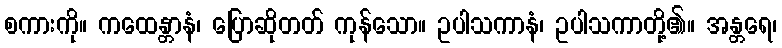
စကားကို။ ကထေန္တာနံ၊ ပြောဆိုတတ် ကုန်သော။ ဥပါသကာနံ၊ ဥပါသကာတို့၏။ အန္တရေ၊